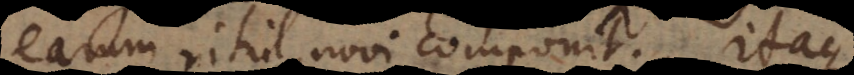
earum nihil novi componit. Itaque